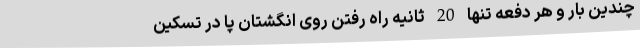
چندین بار و هر دفعه تنها 20 ثانیه راه رفتن روی انگشتان پا در تسکین